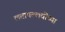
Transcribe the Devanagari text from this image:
लतापल्लवींच्या